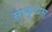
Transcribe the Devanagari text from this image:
साकुरास्